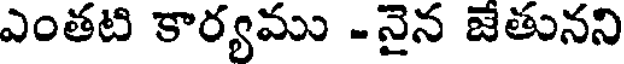
ఎంతటి కార్యము -నైన జేతునని